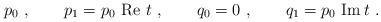
LaTeX: \begin{align*}p_0\ , \qquad p_1 = p_0 \ {\rm Re}\ t \ , \qquad q_0 =0\ , \qquad q_1 = p_0 \ {\rm Im } \, t\ .\end{align*}